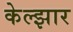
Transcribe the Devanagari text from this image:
केल्झार